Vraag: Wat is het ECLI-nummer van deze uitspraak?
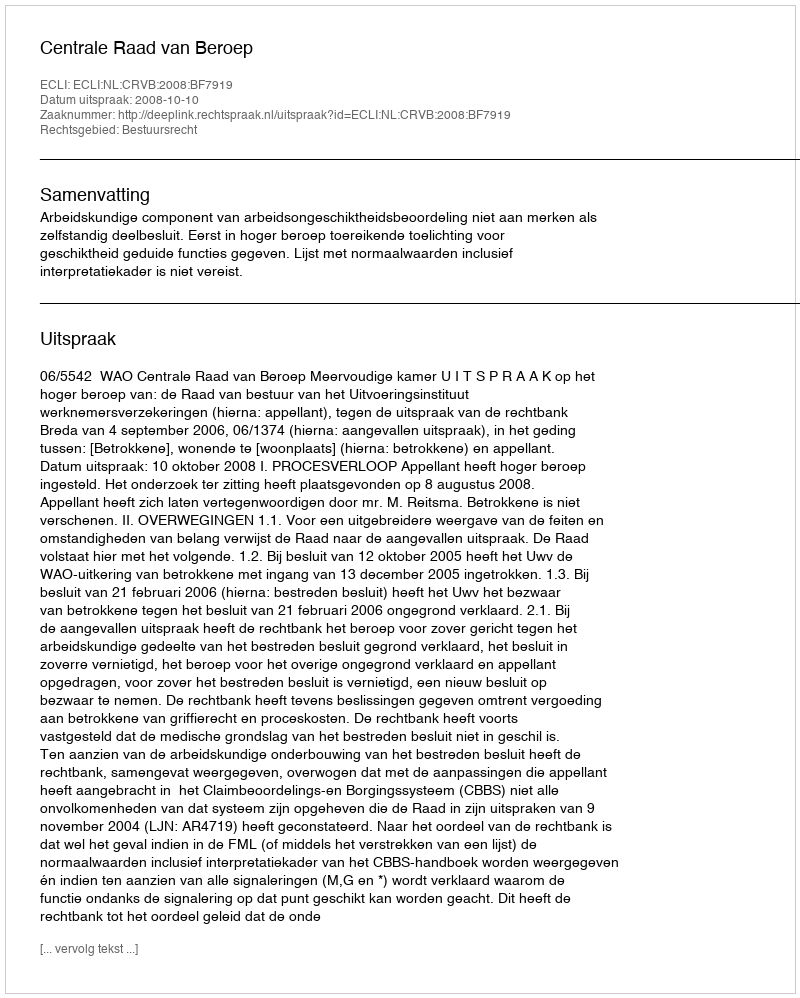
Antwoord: ECLI:NL:CRVB:2008:BF7919